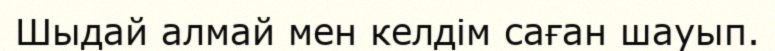
Шыдай алмай мен келдім саған шауып.